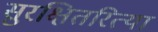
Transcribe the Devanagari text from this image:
सुरक्षितरित्या